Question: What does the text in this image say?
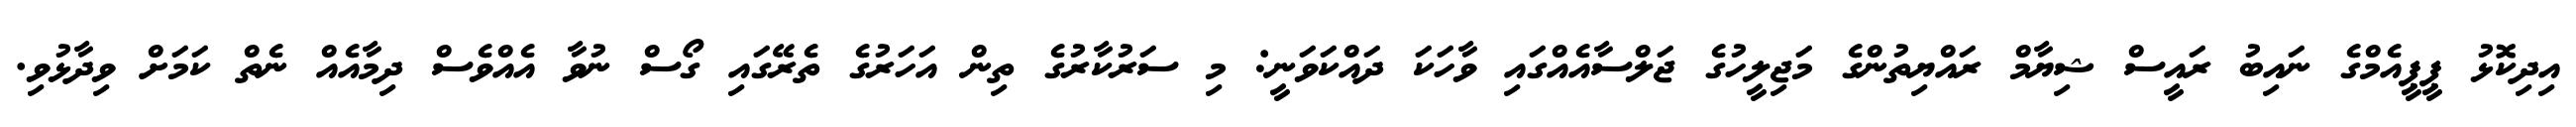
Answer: އިދިކޮޅު ޕީޕީއެމްގެ ނައިބު ރައީސް ޝިޔާމް ރައްޔިތުންގެ މަޖިލީހުގެ ޖަލްސާއެއްގައި ވާހަކަ ދައްކަވަނީ: މި ސަރުކާރުގެ ތިން އަހަރުގެ ތެރޭގައި ގޯސް ނުވާ އެއްވެސް ދިމާއެއް ނެތް ކަމަށް ވިދާޅުވި.